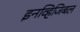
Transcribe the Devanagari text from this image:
इनव्हिजिबल